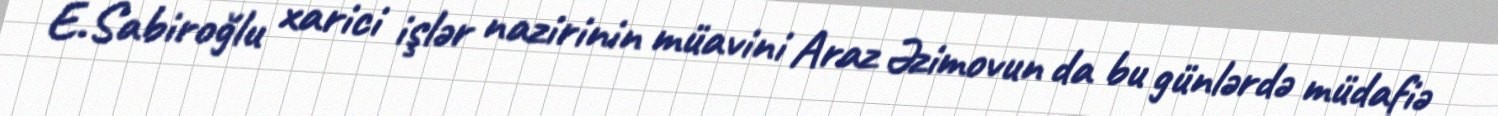
E.Sabiroğlu xarici işlər nazirinin müavini Araz Əzimovun da bu günlərdə müdafiə